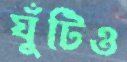
ঘুঁটিও